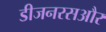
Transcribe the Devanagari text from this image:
डीजनरसऔर